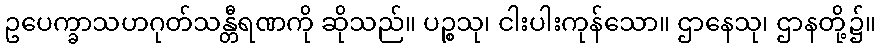
ဥပေက္ခာသဟဂုတ်သန္တီရဏကို ဆိုသည်။ ပဉ္စသု၊ ငါးပါးကုန်သော။ ဌာနေသု၊ ဌာနတို့၌။